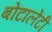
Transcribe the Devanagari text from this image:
बोंटालेंटी